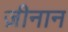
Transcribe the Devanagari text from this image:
ज़ीनान